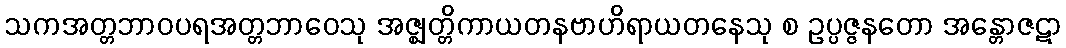
သကအတ္တဘာဝပရအတ္တဘာဝေသု အဇ္ဈတ္တိကာယတနဗာဟိရာယတနေသု စ ဥပ္ပဇ္ဇနတော အန္တောဇဋာ